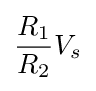
{\frac {R_{1}}{R_{2}}}V_{s}